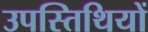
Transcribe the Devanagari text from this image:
उपस्तिथियों